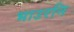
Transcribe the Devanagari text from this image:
भाउरनि